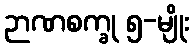
ဉာဏစက္ခု ၅-မျိုး